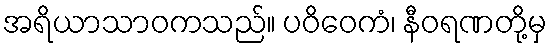
အရိယာသာဝကသည်။ ပဝိဝေကံ၊ နီဝရဏတို့မှ